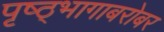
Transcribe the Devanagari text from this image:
पृष्ठ्भागाबरोबर